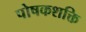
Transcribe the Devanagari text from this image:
पोषकशक्ति